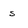
Character: s